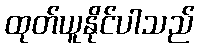
ထုတ်ယူနိုင်ပါသည်